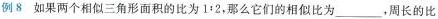
例8 如果两个相似三角形面积的比为$$1:2$$，那么它们的相似比为___，周长的比